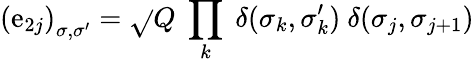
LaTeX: \left(\mathrm{e}_{2j}\right)_{\sigma,\sigma^{\prime}}=\sqrt{}{{Q}}~\prod_{k}~\delta(\sigma_{k},\sigma_{k}^{\prime}){}~\delta(\sigma_{j},\sigma_{j+1})